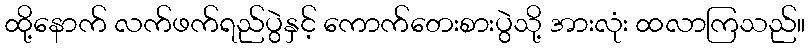
ထို့နောက် လက်ဖက်ရည်ပွဲနှင့် ကောက်တေးစားပွဲသို့ အားလုံး ထလာကြသည်။